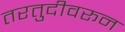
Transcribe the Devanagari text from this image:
तरतुदीवरून